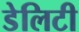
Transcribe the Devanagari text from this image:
डेलिटी